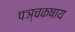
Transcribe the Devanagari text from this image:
पञ्चकषाय